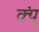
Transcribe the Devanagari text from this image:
क्युं